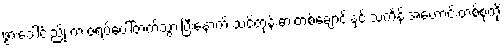
ဖွားဒေါင်းညို က ဇရပ်ပေါ်တက်သွားပြီးနောက် သင်တုန်းဓားတစ်ချောင်းနှင့် သင်္ကန်းအဟောင်းတစ်စုံကို